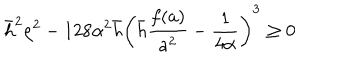
\bar { h } ^ { 2 } \rho ^ { 2 } - 1 2 8 \alpha ^ { 2 } \bar { h } \left( \bar { h } \frac { f ( a ) } { a ^ { 2 } } - \frac { 1 } { 4 \alpha } \right) ^ { 3 } \geq 0